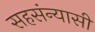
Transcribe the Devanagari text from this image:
सहसंन्यासी